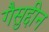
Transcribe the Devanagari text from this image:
गैसुद्दीन